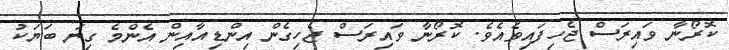
ކޮރޯނާ ވައިރަސް ޖެހިފައިވެއެވެ. ކޮރޯނާ ވައިރަސް ޖެހިގެން އިންޑިއާއިން އެންމެ ގިނަ ބަޔަކު